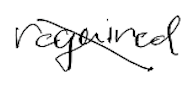
Text: required
Cross-out: diagonal
Writing tool: digital_black